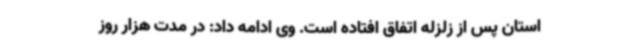
استان پس از زلزله اتفاق افتاده است. وی ادامه داد: در مدت هزار روز